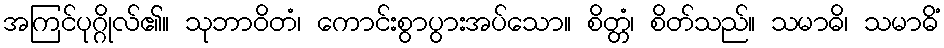
အကြင်ပုဂ္ဂိုလ်၏။ သုဘာဝိတံ၊ ကောင်းစွာပွားအပ်သော။ စိတ္တံ၊ စိတ်သည်။ သမာဓိ၊ သမာဓိံ